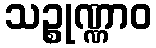
သဉ္စုဏ္ဏာဝ